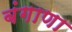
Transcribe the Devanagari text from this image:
बंगाणा